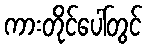
ကားတိုင်ပေါ်တွင်